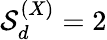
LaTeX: {\cal S}_{d}^{(X)}=2